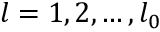
l = 1 , 2 , \ldots , l _ { 0 }